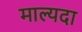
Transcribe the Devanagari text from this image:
माल्यदा